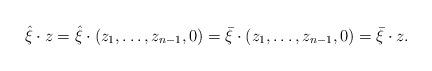
LaTeX: \begin{align*}\hat{ {\xi}}\cdot { {z}}=\hat{{\xi}}\cdot (z_1,\ldots,z_{n-1},0)=\bar{ {\xi}}\cdot (z_1,\ldots,z_{n-1},0)=\bar{{ {\xi}}}\cdot { {z}}.\end{align*}